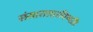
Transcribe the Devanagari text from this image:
संसारात्तारयिष्यति